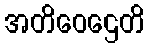
အတိဝေဌေတိ